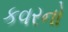
કવરનો